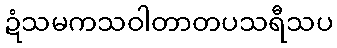
ဍံသမကသဝါတာတပသရီသပ